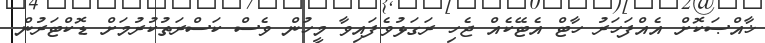
ޚާއްޞަކޮށް އެއްފަހަރު ހާޓް އެޓޭކެއް ޖެހި ރަގަޅުވެފައިވާ މީހުން ވެސް ކަސްރަތުކުރުމަށް ޑޮކްޓަރުން